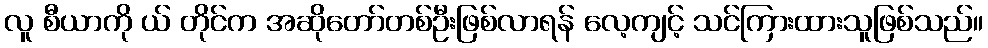
လူ စီယာကို ယ် တိုင်က အဆိုတော်တစ်ဦးဖြစ်လာရန် လေ့ကျင့် သင်ကြားထားသူဖြစ်သည်။